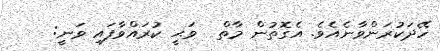
ހޭދަކުރަންވާނެއެވެ. އެގޮތުން މާތް  ވަޙީ ކުރައްވާފައި ވަނީ: